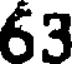
63